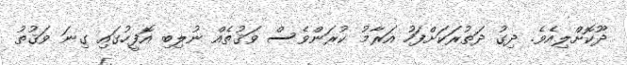
ދޫކޮށްލިއެވެ. ދިގު ދަތުރަކަށްފަހު އަރާމު ކުރަންވެސް ވަޤުތެއްް ނުލިބި އޮފީހުގައި ގިނަ ވަޤުތު